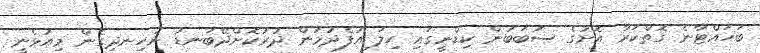
ބަހައްޓާނެ ގޮތްކަރާ އޮށުގެ ސަބަބުން ކިޑްނީގައި ހިލަ އުފެދުމުން ދުރުކޮށްދޭބަނޑު ނުހިނދިގެން މިއުޅެނީ